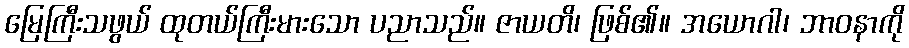
မြေကြီးသဖွယ် ထုတယ်ကြီးမားသော ပညာသည်။ ဇာယတိ၊ ဖြစ်၏။ အယောဂါ၊ ဘာဝနာကို